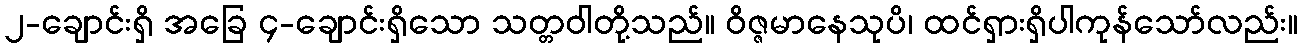
၂-ချောင်းရှိ အခြေ ၄-ချောင်းရှိသော သတ္တဝါတို့သည်။ ဝိဇ္ဇမာနေသုပိ၊ ထင်ရှားရှိပါကုန်သော်လည်း။